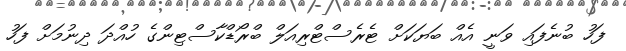
ފަހު ބުނެފައި ވަނީ އެއް ބަޔަކަށް ޓެރެސްޓްރިއަލް ބްރޯޑްކާސްޓިންގެ ހުއްދަ ދިނުމަށް ފަހު